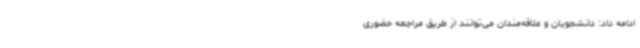
ادامه داد: دانشجویان و علاقه‌مندان می‌توانند از طریق مراجعه حضوری